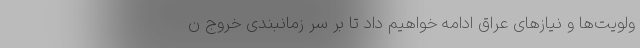
ولویت‌ها و نیازهای عراق ادامه خواهیم داد تا بر سر زمانبندی خروج ن